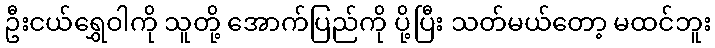
ဦးငယ်ရွှေဝါကို သူတို့ အောက်ပြည်ကို ပို့ပြီး သတ်မယ်တော့ မထင်ဘူး